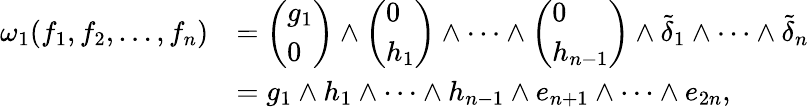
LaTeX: \begin{array}{rl}{\omega_{1}(f_{1},f_{2},\dots,f_{n})}&{=\left(\begin{array}{l}{g_{1}}\\ {0}\end{array}\right)\wedge\left(\begin{array}{l}{0}\\ {h_{1}}\end{array}\right)\wedge\dots\wedge\left(\begin{array}{l}{0}\\ {h_{n-1}}\end{array}\right)\wedge\tilde{\delta}_{1}\wedge\dots\wedge\tilde{\delta}_{n}}\\ &{=g_{1}\wedge h_{1}\wedge\dots\wedge h_{n-1}\wedge e_{n+1}\wedge\dots\wedge e_{2n},}\end{array}